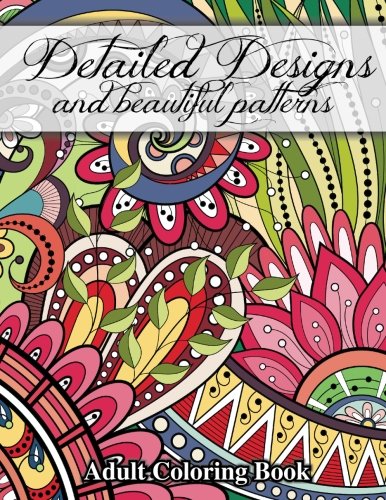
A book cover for Detailed Designs and Beautiful Patterns (Sacred Mandala Designs and Patterns Coloring Books for Adults) (Volume 28); Lilt Kids Coloring Books; Humor & Entertainment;